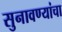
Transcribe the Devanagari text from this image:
सुनावण्यांचा